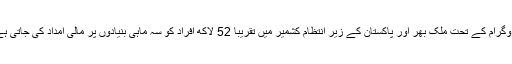
پروگرام کے تحت ملک بھر اور پاکستان کے زیر انتظام کشمیر میں تقریبا 52 لاکھ افراد کو سہ ماہی بنیادوں پر مالی امداد کی جاتی ہے۔